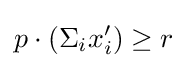
p\cdot (\Sigma _{i}x'_{i})\geq r